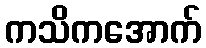
ကသိကအောက်